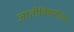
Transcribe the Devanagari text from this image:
जातीविषयीच्या